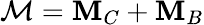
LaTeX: {\mathcal{M}}=\mathbf{M}_{C}+\mathbf{M}_{B}